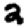
Digit: 2